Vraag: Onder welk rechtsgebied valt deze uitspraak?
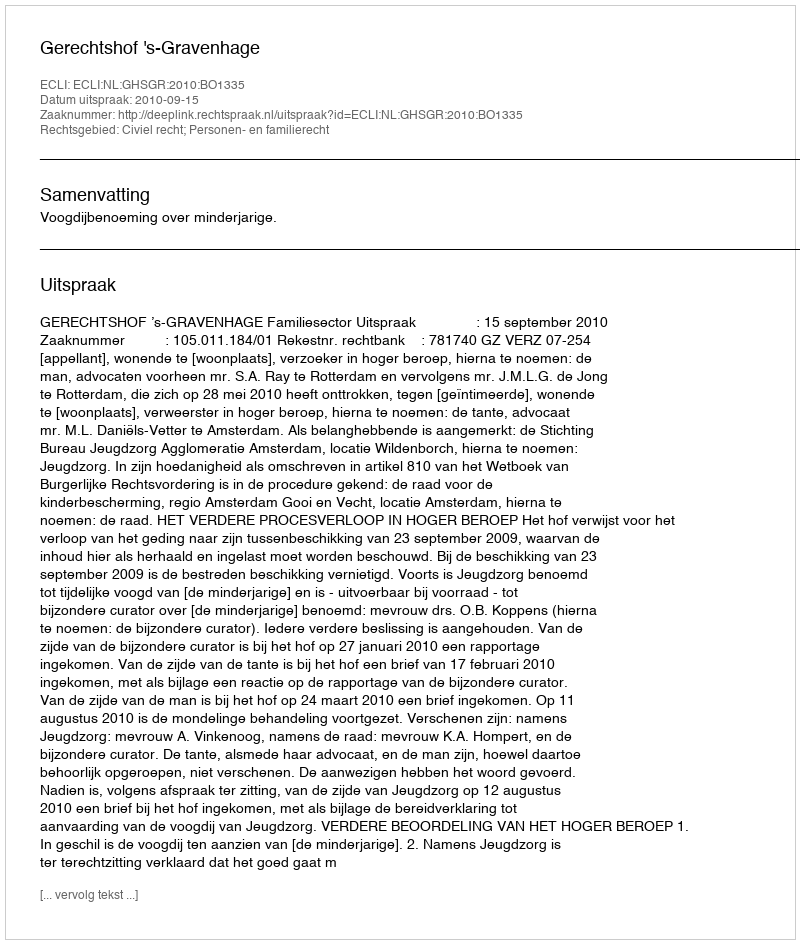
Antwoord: Civiel recht; Personen- en familierecht